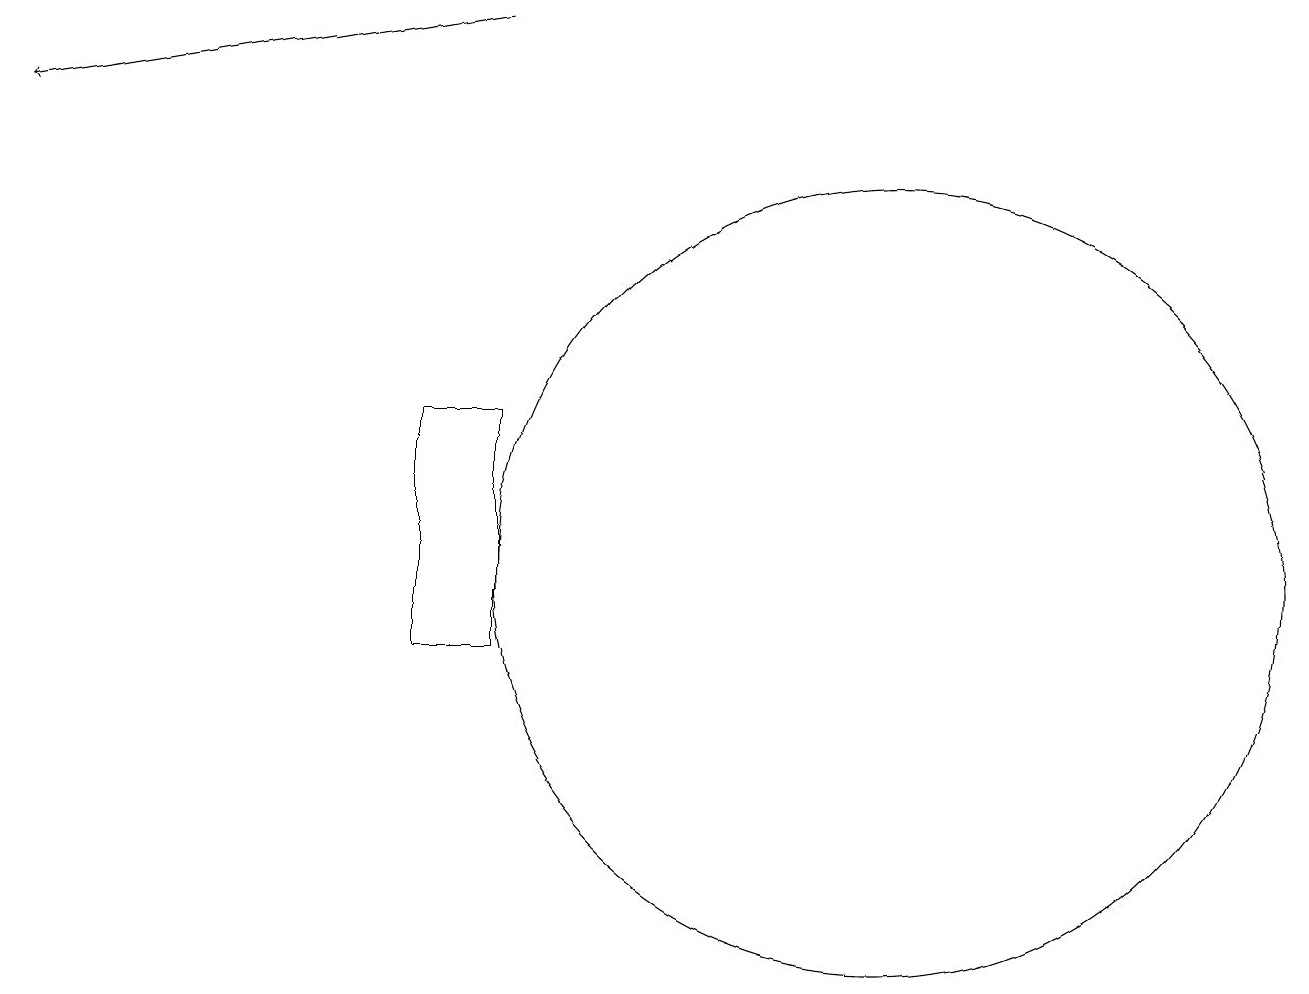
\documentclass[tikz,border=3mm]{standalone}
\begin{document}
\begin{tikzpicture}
\draw (7,10) rectangle (6,13);
\draw[->] (7,18) -- (1,17);
\draw (12,11) circle (5);
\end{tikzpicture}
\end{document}